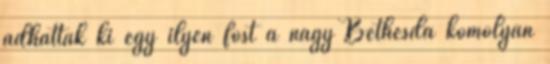
adhattak ki egy ilyen fost a nagy Bethesda komolyan